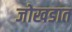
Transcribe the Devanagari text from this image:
जोखडात